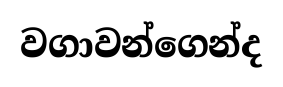
වගාවන්ගෙන්ද